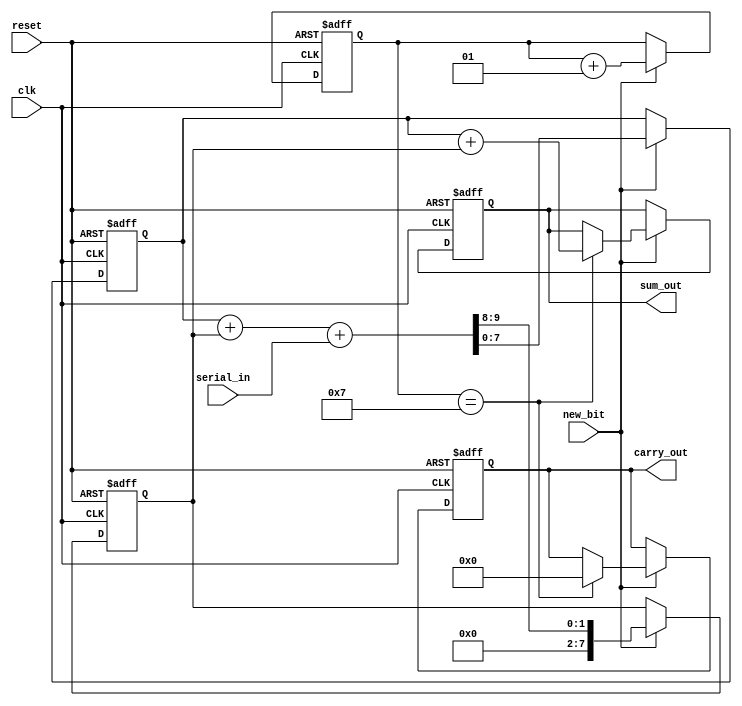
module CarrySaveAdder (
    input wire clk,          // Clock signal
    input wire reset,        // Reset signal
    input wire serial_in,    // Serial input bit
    input wire new_bit,      // Control signal to indicate new bit
    output reg [N-1:0] sum_out,  // Output sum register
    output reg [N-1:0] carry_out // Output carry register
);
    parameter N = 8; // Number of bits per operand
    
    // Internal registers to hold sum and carry
    reg [N-1:0] sum_reg;
    reg [N-1:0] carry_reg;
    
    // State variable to count the number of bits received
    integer bit_count;

    // Sequential logic for CSA processing
    always @(posedge clk or posedge reset) begin
        if (reset) begin
            // Reset all registers and counters
            sum_reg <= 0;
            carry_reg <= 0;
            bit_count <= 0;
            sum_out <= 0;
            carry_out <= 0;
        end else begin
            if (new_bit) begin
                // Carry-Save Addition Logic
                // Each incoming bit updates the sum and carry registers
                // Here we use a serial input for sum and carry
                {carry_reg, sum_reg} <= {1'b0, sum_reg} + {1'b0, carry_reg} + {1'b0, serial_in}; 
                bit_count <= bit_count + 1;
                // Capture result once all bits are received
                if (bit_count == N-1) begin
                    // After the last bit, propagate the carry
                    sum_out <= sum_reg + carry_reg; // Final addition for resolution
                    carry_out <= 0; // Carry can be reset since we've resolved it
                end
            end
        end
    end

endmodule